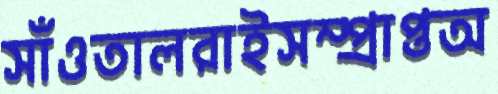
সাঁওতালরাইসম্প্রাপ্তঅ